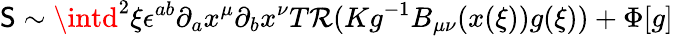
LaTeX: \mathsf{S}\sim\intd^{2}\xi\epsilon^{ab}\partial_{a}x^{\mu}\partial_{b}x^{\nu}T\mathcal{R}(Kg^{-1}B_{\mu\nu}(x(\xi))g(\xi))+\Phi[g]